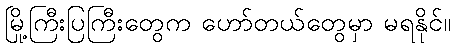
မြို့ကြီးပြကြီးတွေက ဟော်တယ်တွေမှာ မရနိုင်။